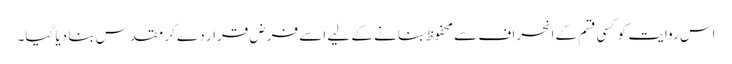
اس روایت کو کسی قسم کے انحراف سے محفوظ بنانے کے لیے اسے فرض قرار دے کر مقدس بنا دیا گیا۔